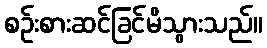
စဉ်းစားဆင်ခြင်မိသွားသည်။